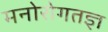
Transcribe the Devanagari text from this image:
मनोरोगतज्ञ